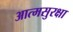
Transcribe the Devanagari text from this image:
आत्मसुरक्षा